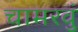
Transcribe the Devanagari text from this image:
चामरवुं